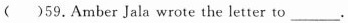
()59.Amber Jala wrote the letter to ___.